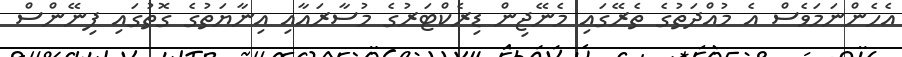
އެހެންނަމަވެސް އެ މުއްދަތުގެ ތެރޭގައި މެނޭޖިން ޑިރެކްޓަރުގެ މުސާރައާއި އިނާޔަތުގެ ގޮތުގައި ފިނޭންސް